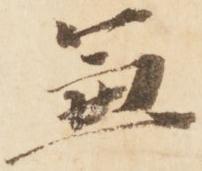
兼